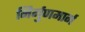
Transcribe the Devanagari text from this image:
निर्गुणमार्ग